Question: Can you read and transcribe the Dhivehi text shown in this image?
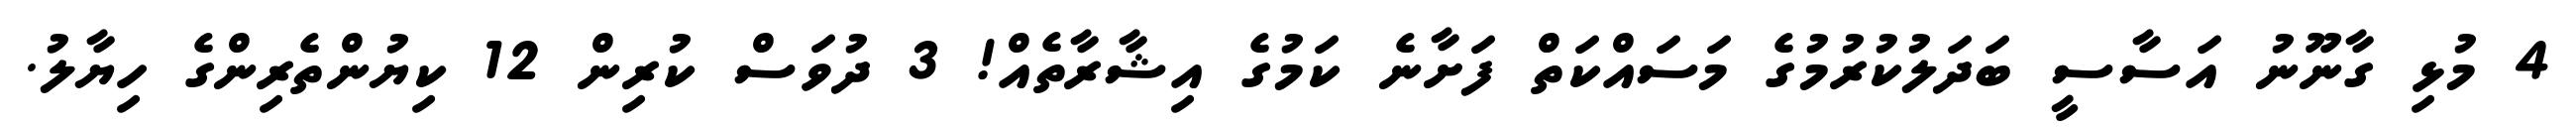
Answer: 4 މުޅި ގާނޫނު އަސާސީ ބަދަލުކުރުމުގެ މަސައްކަތް ފަށާނެ ކަމުގެ އިޝާރާތެއް! 3 ދުވަސް ކުރިން 12 ކިޔުންތެރިންގެ ހިޔާލު.